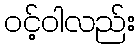
ဝင့်ဝါလည်း